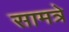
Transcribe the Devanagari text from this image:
सामत्रे